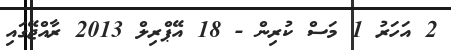
2 އަހަރު 1 މަސް ކުރިން - 18 އޭޕްރިލް 2013 ރާއްޖޭގައި